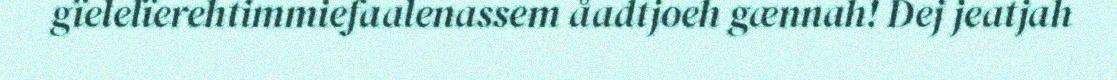
gïelelïerehtimmiefaalenassem åadtjoeh gænnah! Dej jeatjah